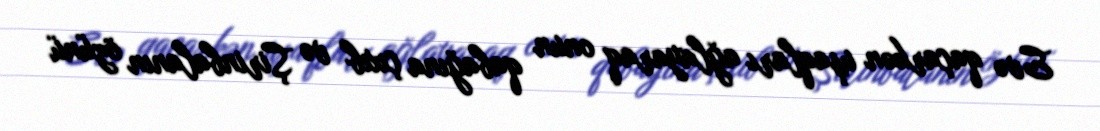
Evə qaçarkən uşaqları ağlayaraq onun qabağına çıxıb və Şirinbalanın özünü